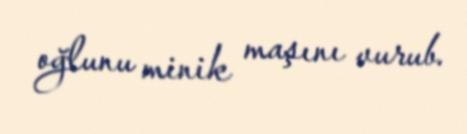
oğlunu minik maşını vurub.